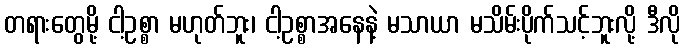
တရားတွေမို့ ငါ့ဥစ္စာ မဟုတ်ဘူး၊ ငါ့ဥစ္စာအနေနဲ့ မသာယာ မသိမ်းပိုက်သင့်ဘူးလို့ ဒီလို